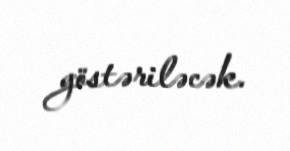
göstəriləcək.